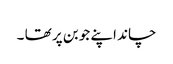
چاند اپنے جوبن پر تھا ۔